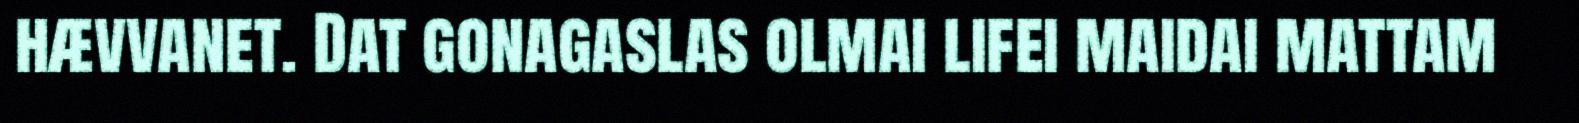
hævvanet. Dat gonagaslas olmai lifei maidai mattam